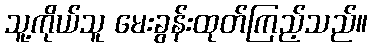
သူ့ကိုယ်သူ မေးခွန်းထုတ်ကြည့်သည်။